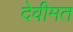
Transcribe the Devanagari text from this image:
देवीमत